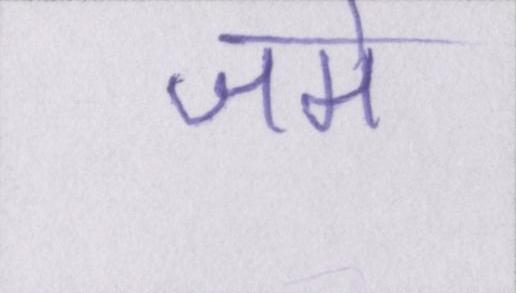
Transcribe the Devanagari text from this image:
जमे